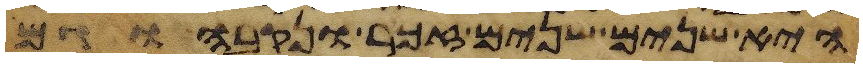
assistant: היא שנים שנים זכר ונקבה וגם